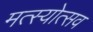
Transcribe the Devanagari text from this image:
मत्स्योत्सव